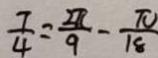
\frac { 7 } { 4 } = \frac { 2 \pi } { 9 } - \frac { \pi } { 1 8 }